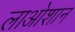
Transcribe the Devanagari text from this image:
लाओशान